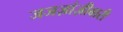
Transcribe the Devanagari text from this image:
जजज़ांज़ीबारी